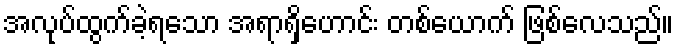
အလုပ်ထွက်ခဲ့ရသော အရာရှိဟောင်း တစ်ယောက် ဖြစ်လေသည်။